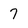
Character: 7